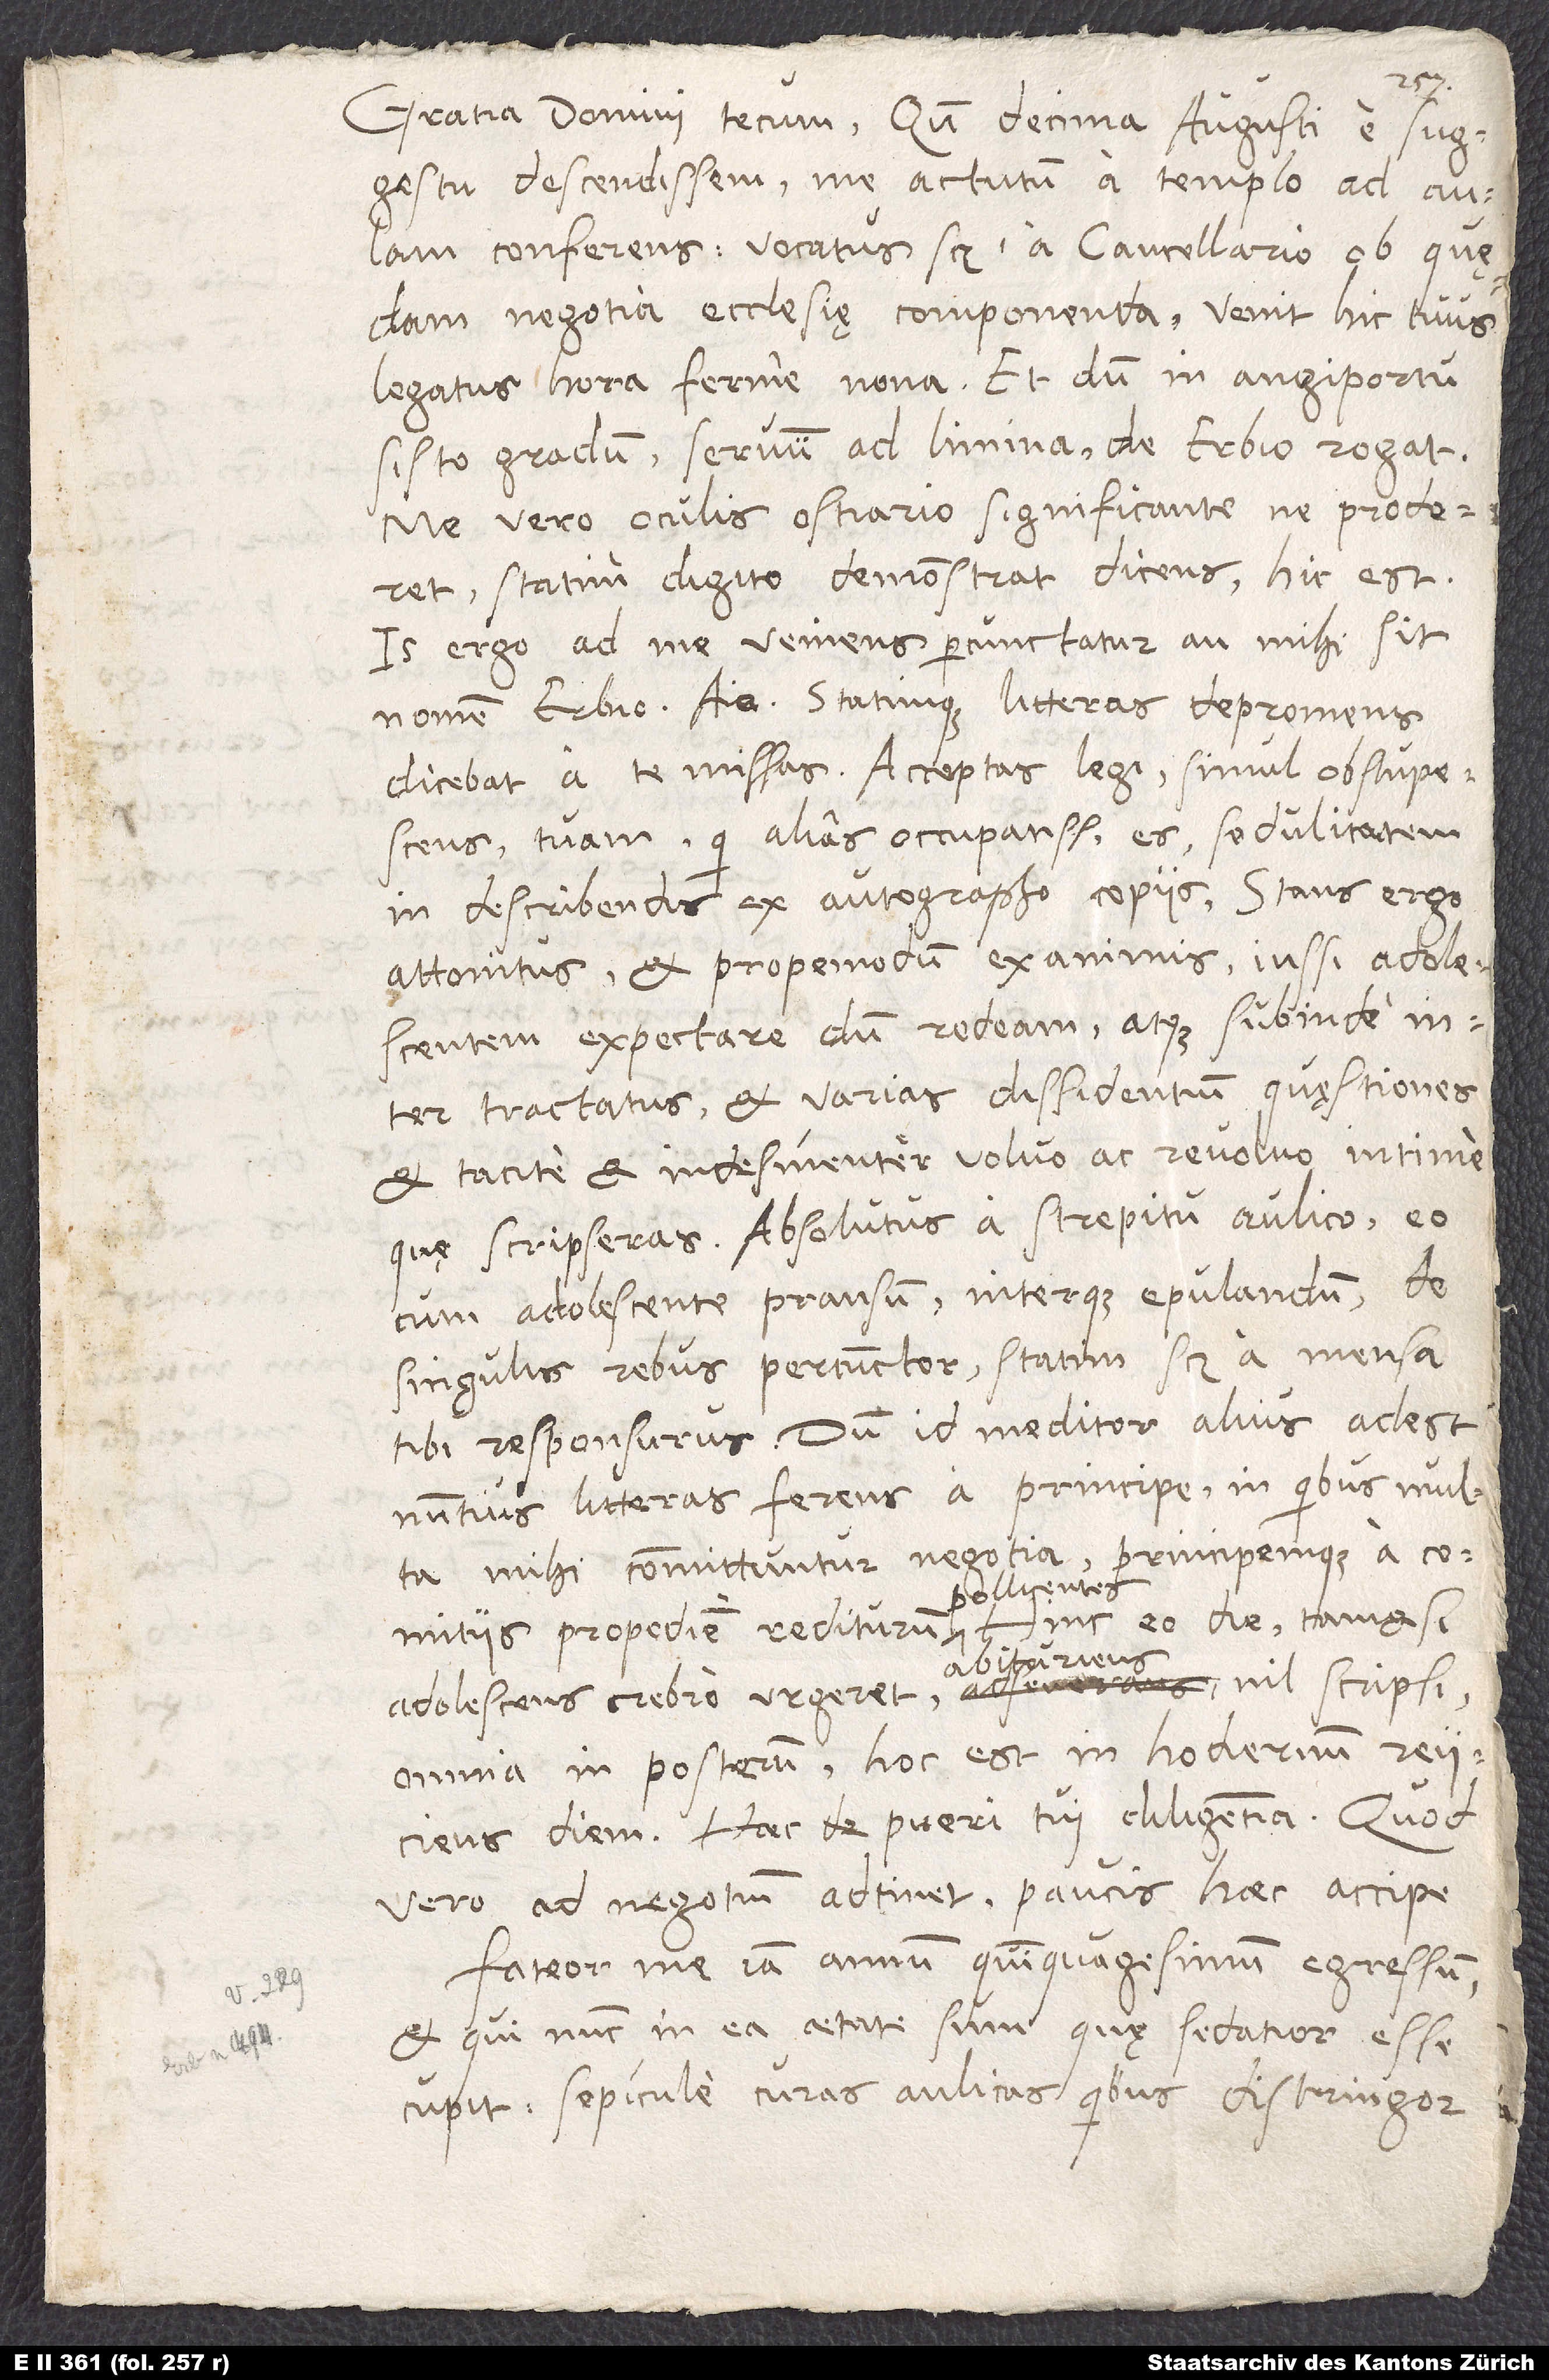
Gratia domini tecum. Quum decima augusti e suggestu
descendissem me actutum a templo ad aulam
conferens (vocatus scilicet a cancellario ob quędam
negotia ecclesię componenda), venit hic tuus
legatus hora ferme nona et, dum in angiportu
sisto gradum, servum ad limina de Erbio rogat,
me vero oculis ostiario significante ne proderet,
statim digito demonstrat dicens: „Hic est.“
Is ergo ad me veniens percunctatur, an mihi sit
nomen Erbio. Aio. Statimque litteras depromens
dicebat a te missas. Acceptas legi simul obstupescens
tuam, qui alias occupatissimus es, sedulitatem
in describendis ex autographo copiis. Stans ergo
attonitus et propemodum exanimis iussi adolescentem
expectare, dum redeam, atque subinde
tractatus et varias dissidentium quęstiones
et tacite et indesinenter volvo ac revolvo intime,
quę scripseras. Absolutus a strepitu aulico eo
cum adolescente pransum interque epulandum de
singulis rebus percunctor, statim scilicet a mensa
tibi responsurus. Dum id meditor, alius adest
nuntius litteras ferens a principe, in quibus multa
mihi committuntur negotia principemque a comitiis
omnia in posterum, hoc est in hodiernum, reiiciens
diem. Haec de pueri tui diligentia. Quod
vero ad negotium adtinet, paucis haec accipe.
Fateor me iam annum quinquagesimum egressum,
et qui nunc in ea aetate sum, quę sedatior esse
cupit, sepicule curas aulicas, quibus distringor,